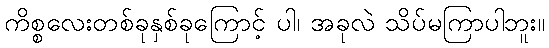
ကိစ္စလေးတစ်ခုနှစ်ခုကြောင့် ပါ၊ အခုလဲ သိပ်မကြာပါဘူး။